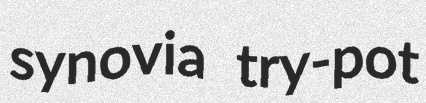
synovia try-pot